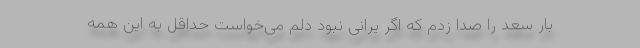
بار سَعد را صدا زدم که اگر یرانی نبود دلم می‌خواست حداقل به این همه